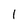
Character: 1